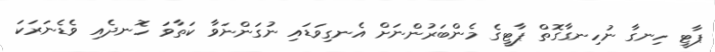
ޕާޓީ ހިނގާ ނުހިނގާގޮތް ޕާޓީގެ މެންބަރުންނަށް އެނގިވަޑައި ނުގަންނަވާ ކަތާވަ ހޮނދެއި ވެޑެނަރަކަ